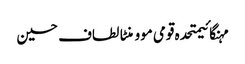
مہنگائیمتحدہ قومی موومنٹالطاف حسین